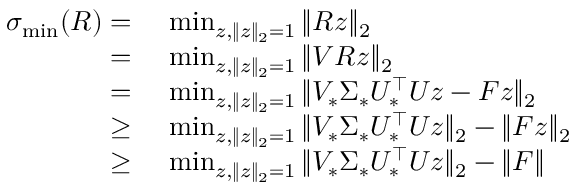
\begin{array} { r l } { \sigma _ { \operatorname* { m i n } } ( R ) = } & { ~ \operatorname* { m i n } _ { z , \| z \| _ { 2 } = 1 } \| R z \| _ { 2 } } \\ { = } & { ~ \operatorname* { m i n } _ { z , \| z \| _ { 2 } = 1 } \| V R z \| _ { 2 } } \\ { = } & { ~ \operatorname* { m i n } _ { z , \| z \| _ { 2 } = 1 } \| V _ { * } \Sigma _ { * } U _ { * } ^ { \top } U z - F z \| _ { 2 } } \\ { \ge } & { ~ \operatorname* { m i n } _ { z , \| z \| _ { 2 } = 1 } \| V _ { * } \Sigma _ { * } U _ { * } ^ { \top } U z \| _ { 2 } - \| F z \| _ { 2 } } \\ { \ge } & { ~ \operatorname* { m i n } _ { z , \| z \| _ { 2 } = 1 } \| V _ { * } \Sigma _ { * } U _ { * } ^ { \top } U z \| _ { 2 } - \| F \| } \end{array}